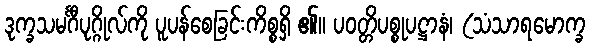
ဒုက္ခသမင်္ဂီပုဂ္ဂိုလ်ကို ပူပန်စေခြင်းကိစ္စရှိ ၏။ ပဝတ္တိပစ္စုပဋ္ဌာနံ၊ (သံသာရမောက္ခ